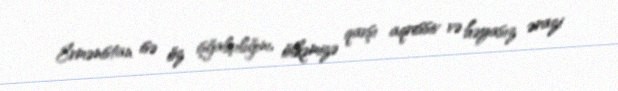
Ermənistan isə öz işğalçılığını, ölkəmizə qarşı aqressiv və həyasız ərazi